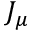
J _ { \mu }